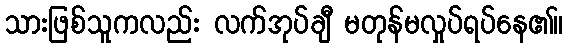
သားဖြစ်သူကလည်း လက်အုပ်ချီ မတုန်မလှုပ်ရပ်နေ၏။